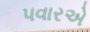
પવારએ